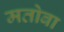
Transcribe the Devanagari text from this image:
मतोबा